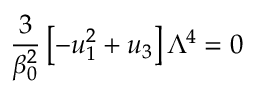
\frac { 3 } { \beta _ { 0 } ^ { 2 } } \left[ - u _ { 1 } ^ { 2 } + u _ { 3 } \right] \Lambda ^ { 4 } = 0